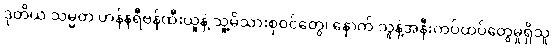
ဒုတိယ သမ္မတ ဟန်နရီဗန်ထီးယူနဲ့ သူ့မိသားစုဝင်တွေ၊ နောက် သူနဲ့အနီးကပ်ထပ်တွေမှုရှိသူ